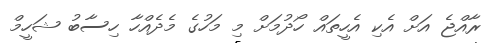
ރާއްޖެ އަށް އެކި އެހީތައް ހޯދުމަށް މި މަހުގެ މެދެއްހާ ހިސާބު ޝަހީމް